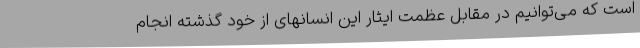
است که می‌توانیم در مقابل عظمت ایثار این انسانهای از خود گذشته انجام